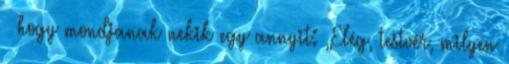
– hogy mondjanak nekik egy annyit: „Elég, testvér, milyen